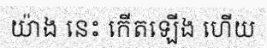
យ៉ាង នេះ កើតឡើង ហើយ